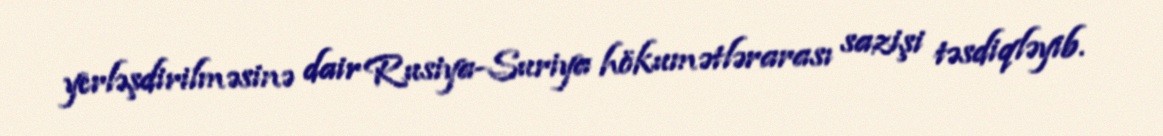
yerləşdirilməsinə dair Rusiya-Suriya hökumətlərarası sazişi təsdiqləyib.